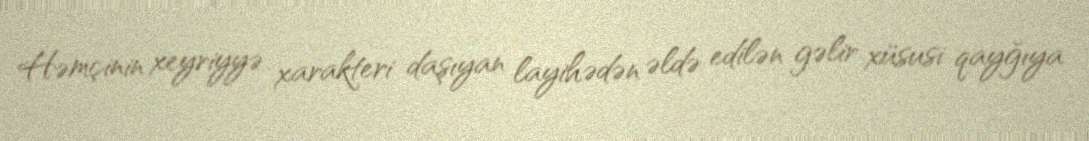
Həmçinin xeyriyyə xarakteri daşıyan layihədən əldə edilən gəlir xüsusi qayğıya